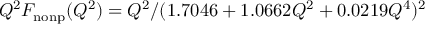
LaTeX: Q ^ { 2 } F _ { \mathrm { n o n p } } ( Q ^ { 2 } ) = Q ^ { 2 } / ( 1 . 7 0 4 6 + 1 . 0 6 6 2 Q ^ { 2 } + 0 . 0 2 1 9 Q ^ { 4 } ) ^ { 2 }